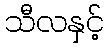
သီလနှင့်